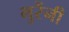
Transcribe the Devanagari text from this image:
भुरेंनी